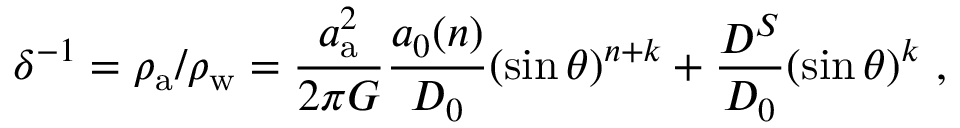
\delta ^ { - 1 } = \rho _ { \mathrm { a } } / \rho _ { \mathrm { w } } = \frac { a _ { \mathrm { a } } ^ { 2 } } { 2 \pi G } \frac { a _ { 0 } ( n ) } { D _ { 0 } } ( \sin \theta ) ^ { n + k } + \frac { D ^ { S } } { D _ { 0 } } ( \sin \theta ) ^ { k } \ ,